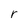
Character: r